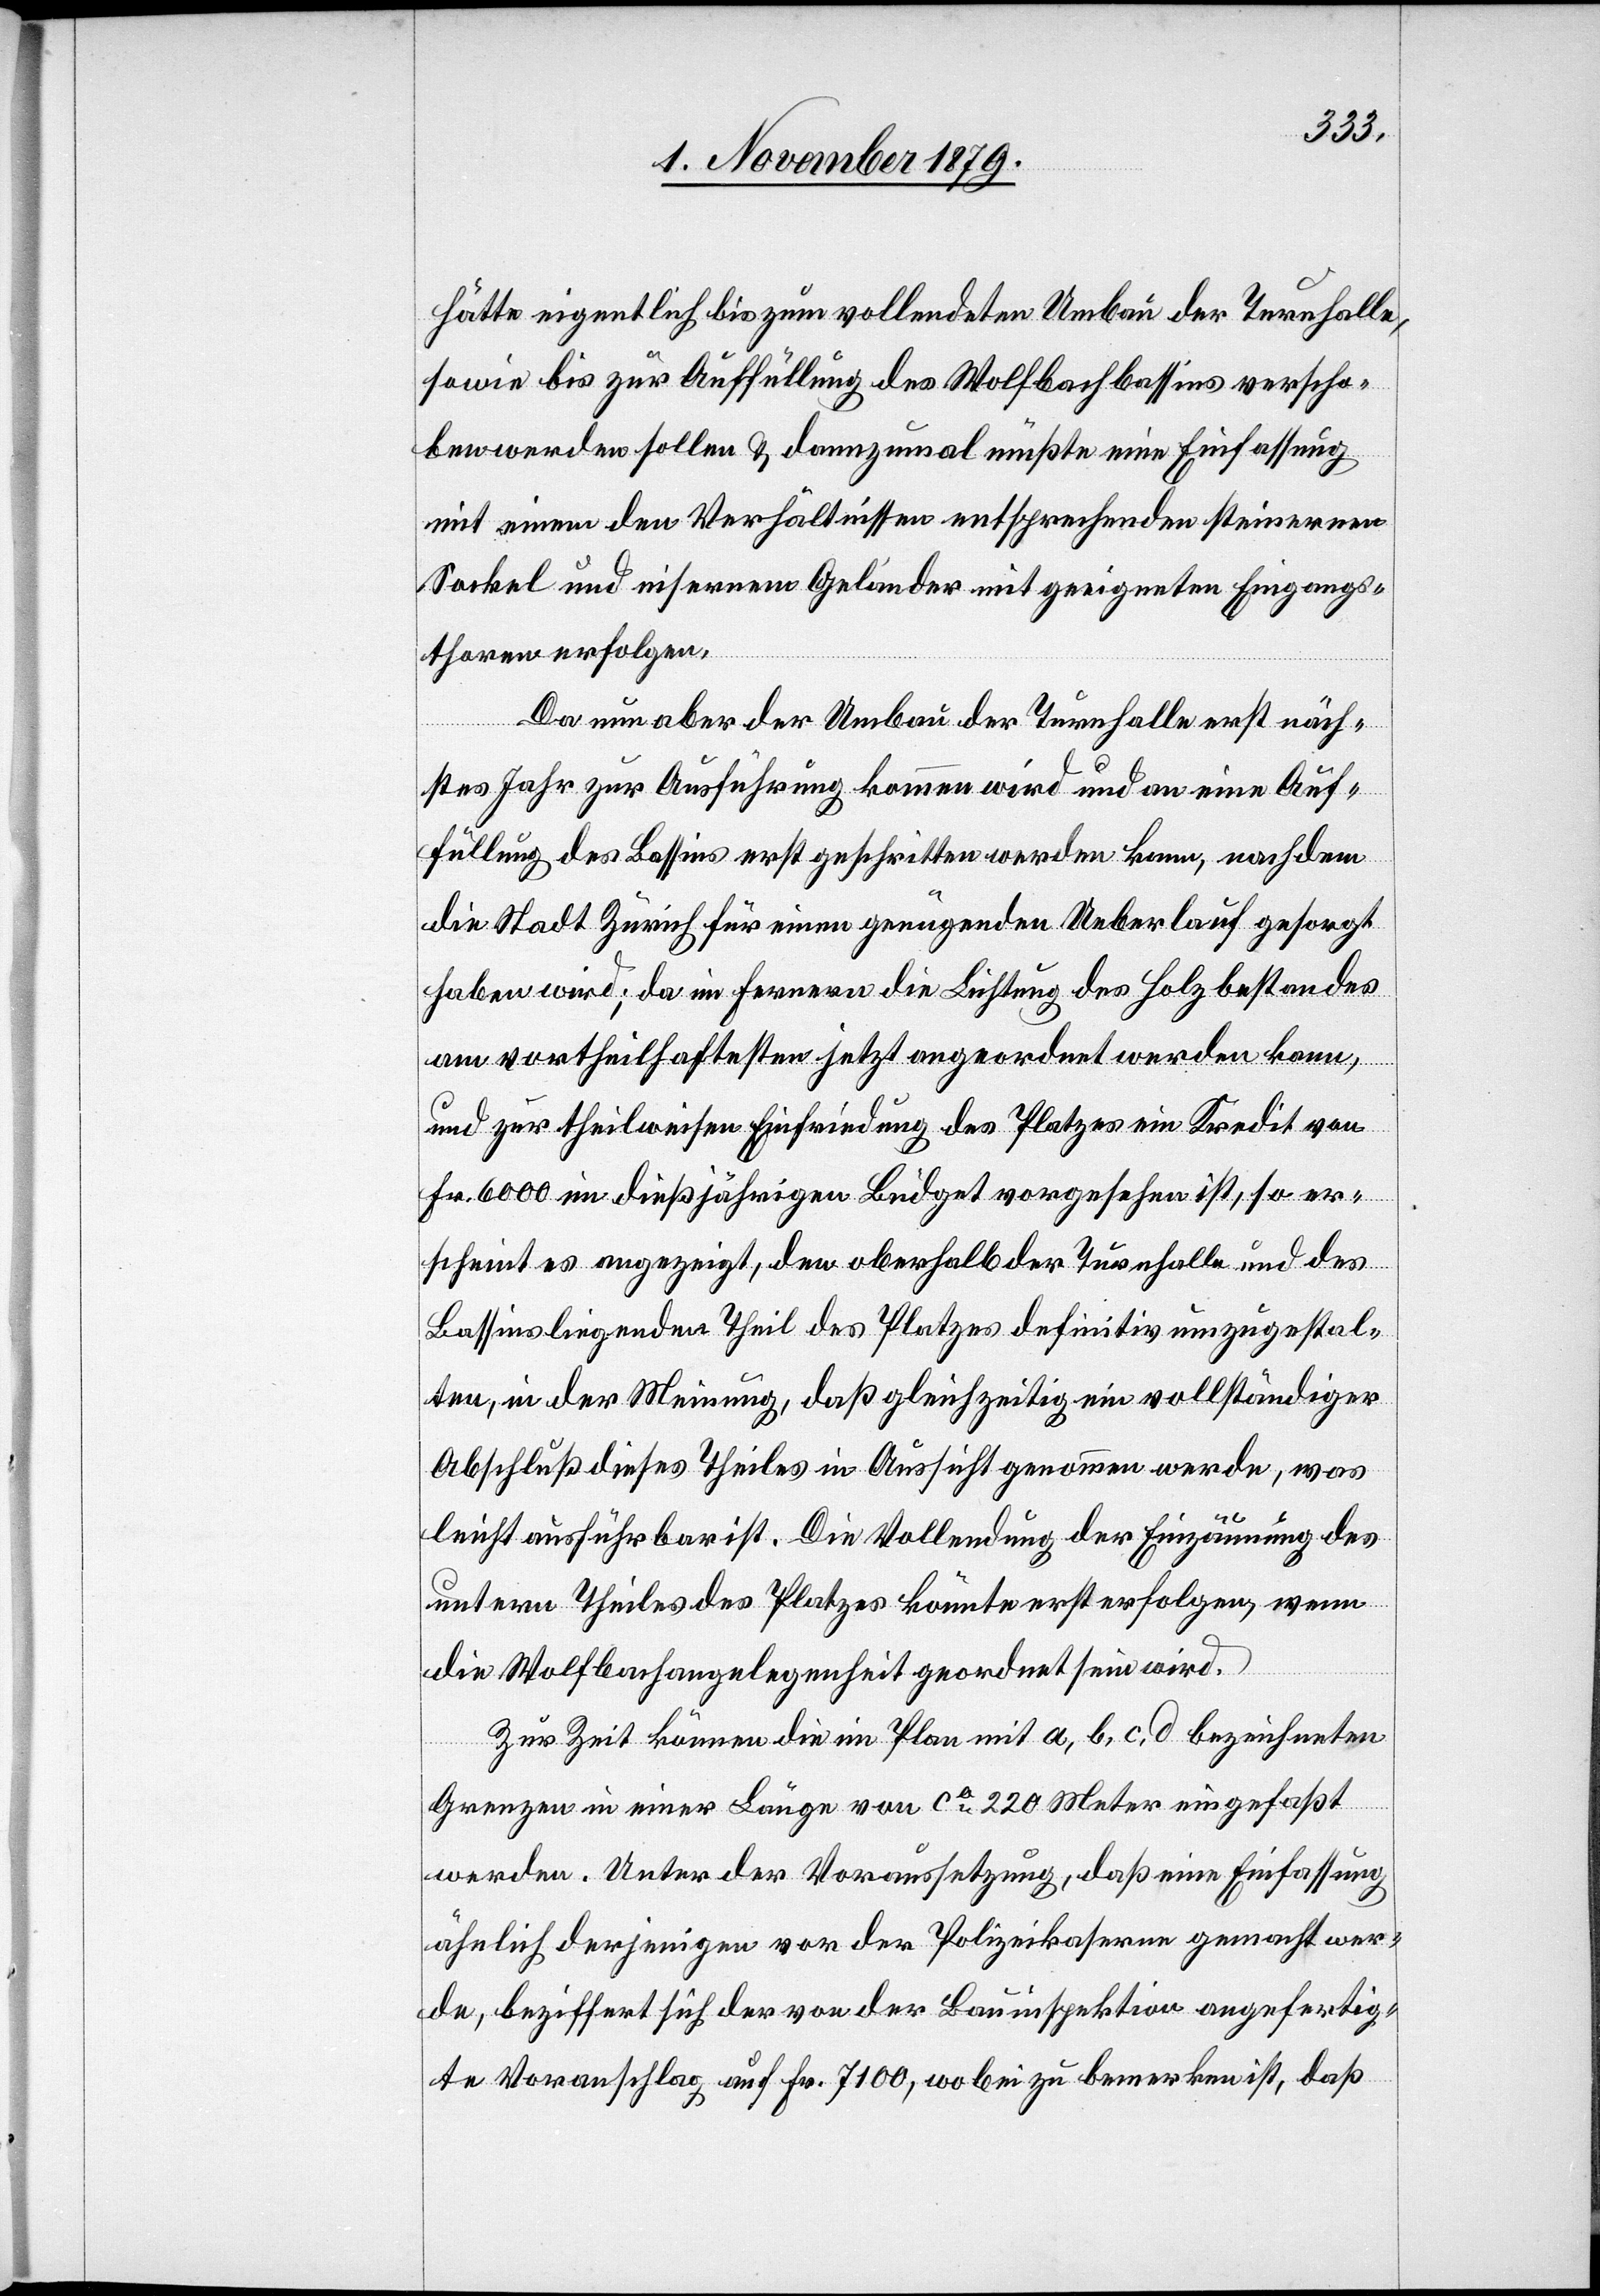
Eingangs¬
hätte eigentlich bis zum vollendeten Umbau der Turnhalle,
sowie bis zur Auffüllung des Wolfbachbassins verscho¬
ben werden sollen & dannzumal müßte eine Einfassung
thoren erfolgen.
Da nun aber der Umbau der Turnhalle erst näch¬
stes Jahr zur Ausführung kommen wird und an eine Auf¬
füllung des Bassins erst geschritten werden kann, nachdem
die Stadt Zürich für einen genügenden Ueberlauf gesorgt
haben wird; da im Fernern die Lichtung des Holzbestandes
am vortheilhaftesten jetzt angeordnet werden kann,
und zur theilweisen Einriedung des Platzes ein Kredit von
Fr. 600 im dießjährigen Budget vorgesehen ist, so er¬
scheint es angezeigt, den oberhalb der Turnhalle und des
Bassins liegenden Theil des Platzes definitiv umzugestal¬
ten, in der Meinung, daß gleichzeitig ein vollständiger
Abschluß dieses Theiles in Aussicht genommen werde, was
leicht ausführbar ist. Die Vollendung der Einzäunung des
unteren Theiles des Platzes könnte erst erfolgen, wenn
die Wolfbachangelegenheit geordnet sein wird.
Zur Zeit können die im Plan mit a, b, c, d bezeichneten
Grenzen in einer Länge von ca 220 Meter eingefaßt
werden. Unter der Voraussetzung, das eine Einfassung
ähnlich derjenigen von der Polizeikaserne gemacht wer¬
de, beziffert sich der von der Bauinspektion angefertig¬
te Voranschlag auf Fr. 7100, wobei zu bemerken ist, daß